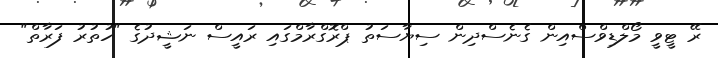
ރޭ ޓީވީ މޯލްޑިވްސްއިން ގެނެސްދިން ސިޔާސަތު ޕްރޮގްރާމްގައި ރައީސް ނަޝީދުގެ "ހުތުރު ފަރާތް"